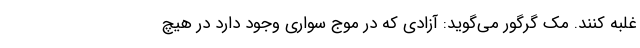
غلبه کنند. مک گرگور می‌گوید: آزادی که در موج سواری وجود دارد در هیچ